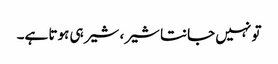
تو نہیں جانتا شیر، شیر ہی ہوتا ہے۔